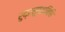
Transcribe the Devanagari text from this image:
रुद्रसुधानिधि